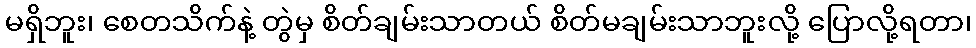
မရှိဘူး၊ စေတသိက်နဲ့ တွဲမှ စိတ်ချမ်းသာတယ် စိတ်မချမ်းသာဘူးလို့ ပြောလို့ရတာ၊